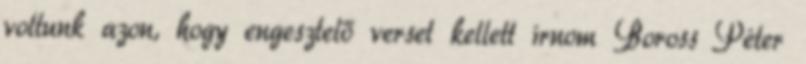
voltunk azon, hogy engesztelő verset kellett írnom Bo­ross Péter